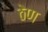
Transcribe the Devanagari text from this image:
ठेण